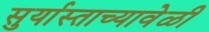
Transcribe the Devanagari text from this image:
सुर्यास्ताच्यावेळी